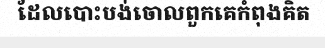
ដែលបោះបង់ចោលពួកគេកំពុងគិត